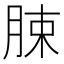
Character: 脨